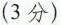
(3分)